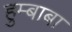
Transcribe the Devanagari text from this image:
हुम्बाबा